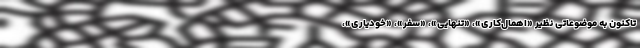
تاکنون به موضوعاتی نظیر «اهمال‌کاری»، «تنهایی»، «سفر»، «خودیاری»،